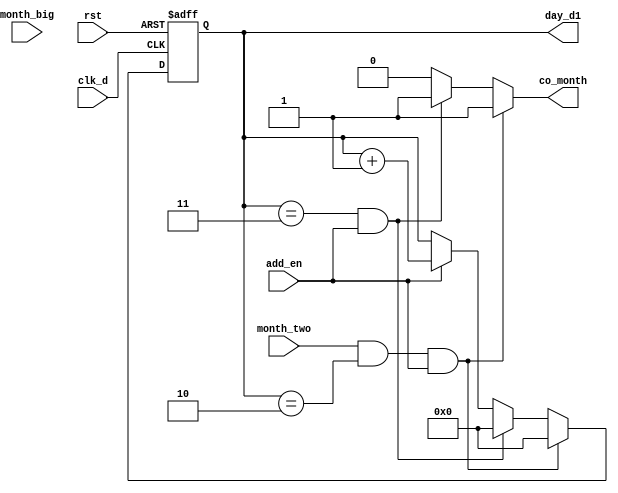
`timescale 1ns / 1ps
//////////////////////////////////////////////////////////////////////////////////
// Company: 
// Engineer: 
// 
// Design Name: 
// Module Name: day_d1_counter
// Project Name: 
// Target Devices: 
// Tool Versions: 
// Description: 
// 
// Dependencies: 
// 
// Revision:
// Revision 0.01 - File Created
// Additional Comments:
// 
//////////////////////////////////////////////////////////////////////////////////


module day_d1_counter(
     clk_d,
     rst,
     add_en,
     month_big,
     month_two,
     day_d1,
     co_month
    );
    input clk_d;
    input rst;
    input add_en;
    input month_big;
    input month_two;
    output reg [3:0] day_d1;
    output reg co_month;
    reg [3:0] day_d1_tmp;
    
    always@( posedge clk_d or posedge rst)
            if(rst)
                day_d1 <= 4'b0000;
            else
                day_d1 <= day_d1_tmp;
                
        always@*
            if( month_two && (day_d1 == 4'd2) && add_en )
            begin  //28->01
                day_d1_tmp <= 4'd0;
                co_month <= 1'b1;
            end  
            else if( (day_d1 == 4'd3) && add_en )
            begin //30/31->01
                day_d1_tmp <= 4'd0;
                co_month <= 1'b1;
            end  
            else if( add_en )
            begin //19->20
                day_d1_tmp <= day_d1 + 1'b1;
                co_month <= 1'b0;
            end
            else
            begin
                day_d1_tmp <= day_d1;
                co_month <= 1'b0;
            end
            
endmodule